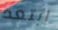
ابتعد